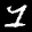
Label: 1